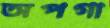
অপগা